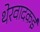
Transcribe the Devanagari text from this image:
थेरवादकई